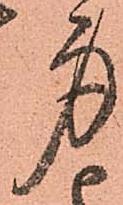
身